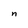
Character: n